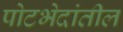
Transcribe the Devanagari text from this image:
पोटभेदांतील